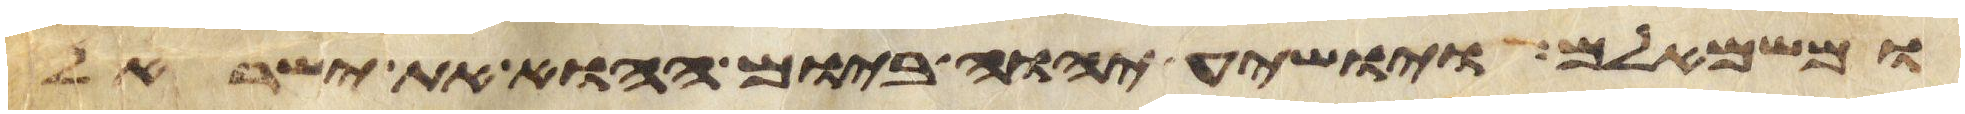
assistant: ומשמאלם ויושיע יהוה ביום ההוא את ישראל